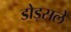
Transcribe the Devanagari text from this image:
डोड्सले